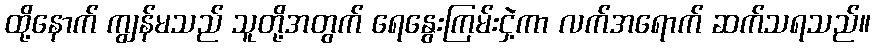
ထို့နောက် ကျွန်မသည် သူတို့အတွက် ရေနွေးကြမ်းငှဲ့ကာ လက်အရောက် ဆက်သရသည်။